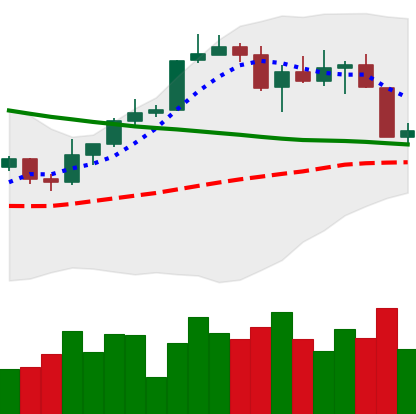
Ticker: BTC-USD
Chart end date: 2022-04-07
Forward return: -7.762%
Label: down_7plus